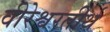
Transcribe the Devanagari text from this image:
वीरेश्वरतीर्थ